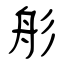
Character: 䑣